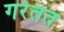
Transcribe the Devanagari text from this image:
गरेतत